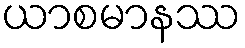
ယာစမာနဿ